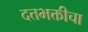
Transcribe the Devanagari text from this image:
दत्तभक्तीचा